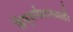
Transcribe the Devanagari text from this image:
हिंधुधर्मशास्त्राही